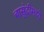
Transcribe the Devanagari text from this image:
बासुंदीमध्ये